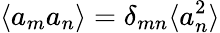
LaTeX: \langle a_{m}a_{n}\rangle=\delta_{mn}\langle a_{n}^{2}\rangle